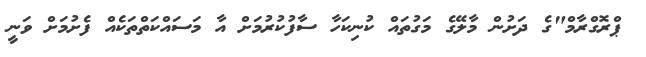
ޕްރޮގްރާމް"ގެ ދަށުން މާލޭގެ މަގުތައް ކުނިކަހާ ސާފުކުރުމަށް އާ މަސައްކަތްތަކެއް ފެށުމަށް ވަނީ